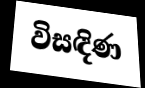
විසඳිණ